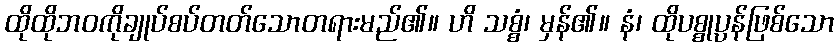
ထိုထိုဘဝကိုချုပ်စပ်တတ်သောတရားမည်၏။ ဟိ သစ္စံ၊ မှန်၏။ နံ၊ ထိုပစ္စုပ္ပန်ဖြစ်သော